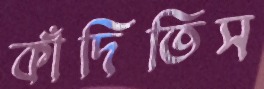
কাঁদিতিস